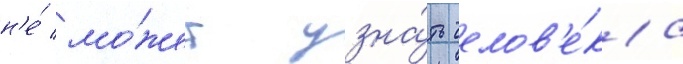
н'е́ мо́жет узна́ть челов'е́ка